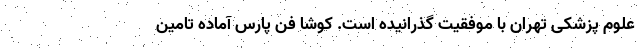
علوم پزشکی تهران با موفقیت گذرانیده است. کوشا فن پارس آماده تامین